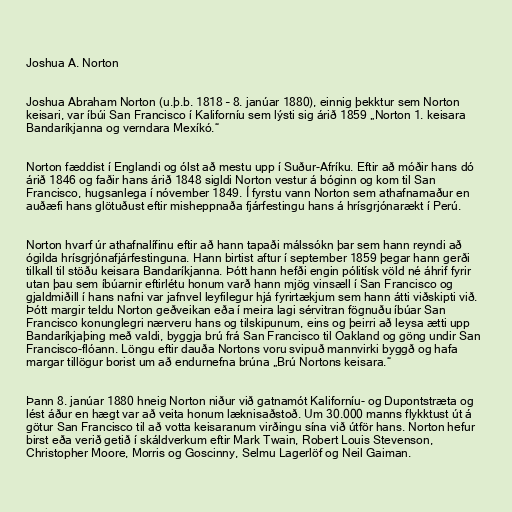
Joshua A. Norton

Joshua Abraham Norton (u.þ.b. 1818 – 8. janúar 1880), einnig þekktur sem Norton
keisari, var íbúi San Francisco í Kaliforníu sem lýsti sig árið 1859 „Norton 1. keisara
Bandaríkjanna og verndara Mexíkó.“

Norton fæddist í Englandi og ólst að mestu upp í Suður-Afríku. Eftir að móðir hans dó
árið 1846 og faðir hans árið 1848 sigldi Norton vestur á bóginn og kom til San
Francisco, hugsanlega í nóvember 1849. Í fyrstu vann Norton sem athafnamaður en
auðæfi hans glötuðust eftir misheppnaða fjárfestingu hans á hrísgrjónarækt í Perú.

Norton hvarf úr athafnalífinu eftir að hann tapaði málssókn þar sem hann reyndi að
ógilda hrísgrjónafjárfestinguna. Hann birtist aftur í september 1859 þegar hann gerði
tilkall til stöðu keisara Bandaríkjanna. Þótt hann hefði engin pólitísk völd né áhrif fyrir
utan þau sem íbúarnir eftirlétu honum varð hann mjög vinsæll í San Francisco og
gjaldmiðill í hans nafni var jafnvel leyfilegur hjá fyrirtækjum sem hann átti viðskipti við.
Þótt margir teldu Norton geðveikan eða í meira lagi sérvitran fögnuðu íbúar San
Francisco konunglegri nærveru hans og tilskipunum, eins og þeirri að leysa ætti upp
Bandaríkjaþing með valdi, byggja brú frá San Francisco til Oakland og göng undir San
Francisco-flóann. Löngu eftir dauða Nortons voru svipuð mannvirki byggð og hafa
margar tillögur borist um að endurnefna brúna „Brú Nortons keisara.“

Þann 8. janúar 1880 hneig Norton niður við gatnamót Kaliforníu- og Dupontstræta og
lést áður en hægt var að veita honum læknisaðstoð. Um 30.000 manns flykktust út á
götur San Francisco til að votta keisaranum virðingu sína við útför hans. Norton hefur
birst eða verið getið í skáldverkum eftir Mark Twain, Robert Louis Stevenson,
Christopher Moore, Morris og Goscinny, Selmu Lagerlöf og Neil Gaiman.